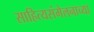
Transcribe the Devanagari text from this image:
साहित्यसंमेलनाच्या